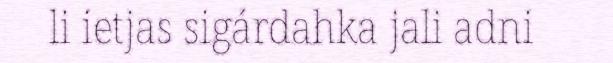
li ietjas sigárdahka jali adni